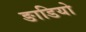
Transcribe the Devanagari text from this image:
ङाडियो